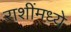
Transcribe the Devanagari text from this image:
राशींमध्ये